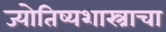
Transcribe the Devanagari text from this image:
ज्योतिष्यशास्त्राचा